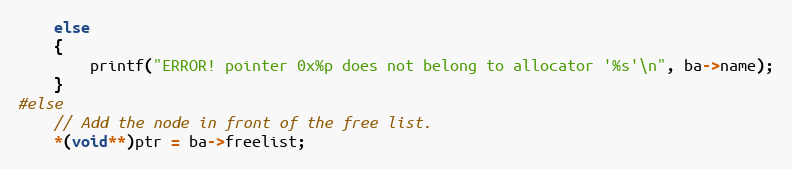
Language: C
	else
	{
		printf("ERROR! pointer 0x%p does not belong to allocator '%s'\n", ba->name);
	}
#else
	// Add the node in front of the free list.
	*(void**)ptr = ba->freelist;